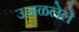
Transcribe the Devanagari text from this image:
उजळलेले